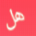
هل